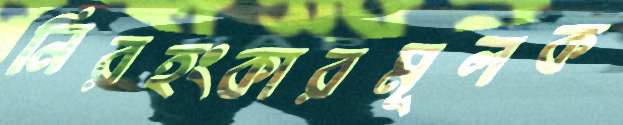
নিরহংকারমূলক